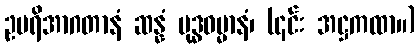
ဥပရိအာဂတာနံ ဆန္နံ ဗုဒ္ဓဓမ္မာနံ၊ (၎င်း အဋ္ဌကထာ။)